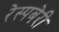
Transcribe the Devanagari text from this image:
रेस्पबेरी